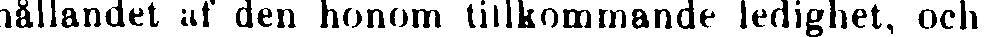
hållandet af den honom tillkommande ledighet, och